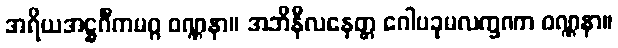
အရိယအဋ္ဌင်္ဂီကမဂ္ဂ ဝဏ္ဏနာ။ အဘိနီလနေတ္တ ဂေါပခုမလက္ခဏာ ဝဏ္ဏနာ။